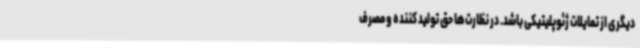
دیگری از تمایلات ژئوپلیتیکی باشد. در نظارت‌ها حق تولید کننده و مصرف